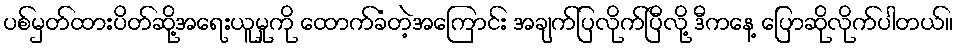
ပစ်မှတ်ထားပိတ်ဆို့အရေးယူမှုကို ထောက်ခံတဲ့အကြောင်း အချက်ပြလိုက်ပြီလို့ ဒီကနေ့ ပြောဆိုလိုက်ပါတယ်။